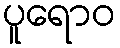
ပူရောဝ